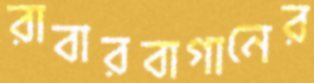
রাবারবাগানের